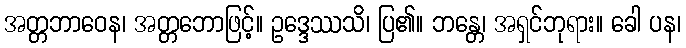
အတ္တဘာဝေန၊ အတ္တဘောဖြင့်။ ဥဒ္ဒေဿသိ၊ ပြ၏။ ဘန္တေ၊ အရှင်ဘုရား။ ခေါ ပန၊